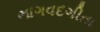
ભાગવદગીતા